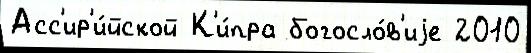
Асс'ир'и́йской К'и́пра богосло́в'иjе 2010